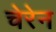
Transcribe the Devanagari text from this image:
चेरेन